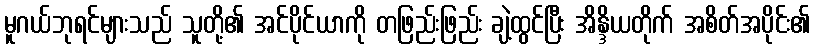
မူဂယ်ဘုရင်များသည် သူတို့၏ အင်ပိုင်ယာကို တဖြည်းဖြည်း ချဲ့ထွင်ပြီး အိန္ဒိယတိုက် အစိတ်အပိုင်း၏